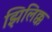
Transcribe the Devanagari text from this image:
झिलिक्क